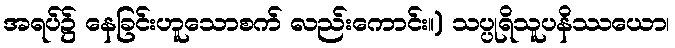
အရပ်၌ နေခြင်းဟူသောစက် လည်းကောင်း။) သပ္ပုရိသူပနိဿယော၊